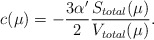
\begin{align*}c(\mu) = -\frac{3\alpha'}2\frac{S_{total}(\mu)}{V_{total}(\mu)}. \end{align*}